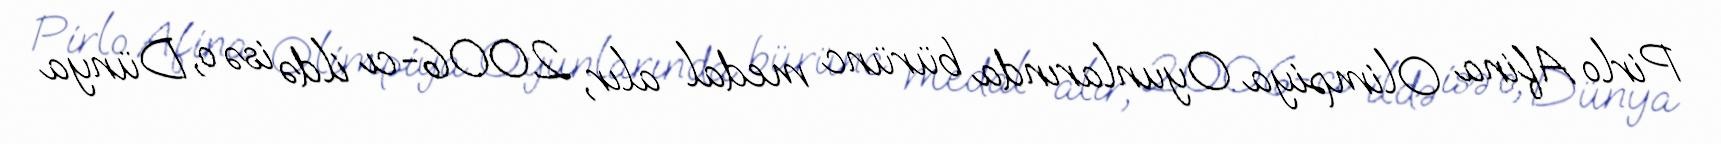
Pirlo Afina Olimpiya Oyunlarında bürünc medal alır, 2006-cı ildə isə o, Dünya